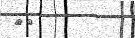
٨٣